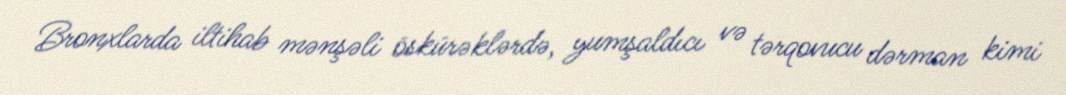
Bronxlarda iltihab mənşəli öskürəklərdə, yumşaldıcı və tərqovucu dərman kimi